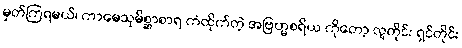
မှတ်ကြရမယ်၊ ကာမေသုမိစ္ဆာစာရ ကံထိုက်တဲ့ အဗြဟ္မစရိယ ကိုတော့ လူတိုင်း ရှင်တိုင်း